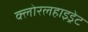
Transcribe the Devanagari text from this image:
क्लोरलहाइड्रेट